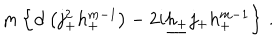
m \left\{ { \bf d } \left( j _ { + } ^ { 2 } h _ { + } ^ { m - 1 } \right) - 2 i \underline { { { h _ { + } } } } j _ { + } h _ { + } ^ { m - 1 } \right\} \, .